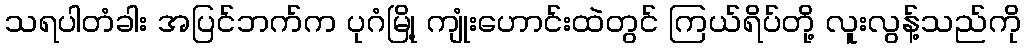
သရပါတံခါး အပြင်ဘက်က ပုဂံမြို့ ကျုံးဟောင်းထဲတွင် ကြယ်ရိပ်တို့ လူးလွန့်သည်ကို